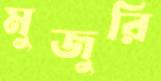
মুজুরি